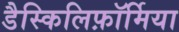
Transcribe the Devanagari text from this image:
डैस्किलिफ़ॉर्मिया